Problem: 88 ÷ 11 = ?
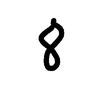
Handwritten answer: 8